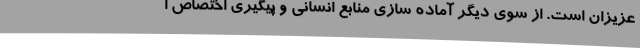
عزیزان است. از سوی دیگر آماده سازی منابع انسانی و پیگیری اختصاص ا